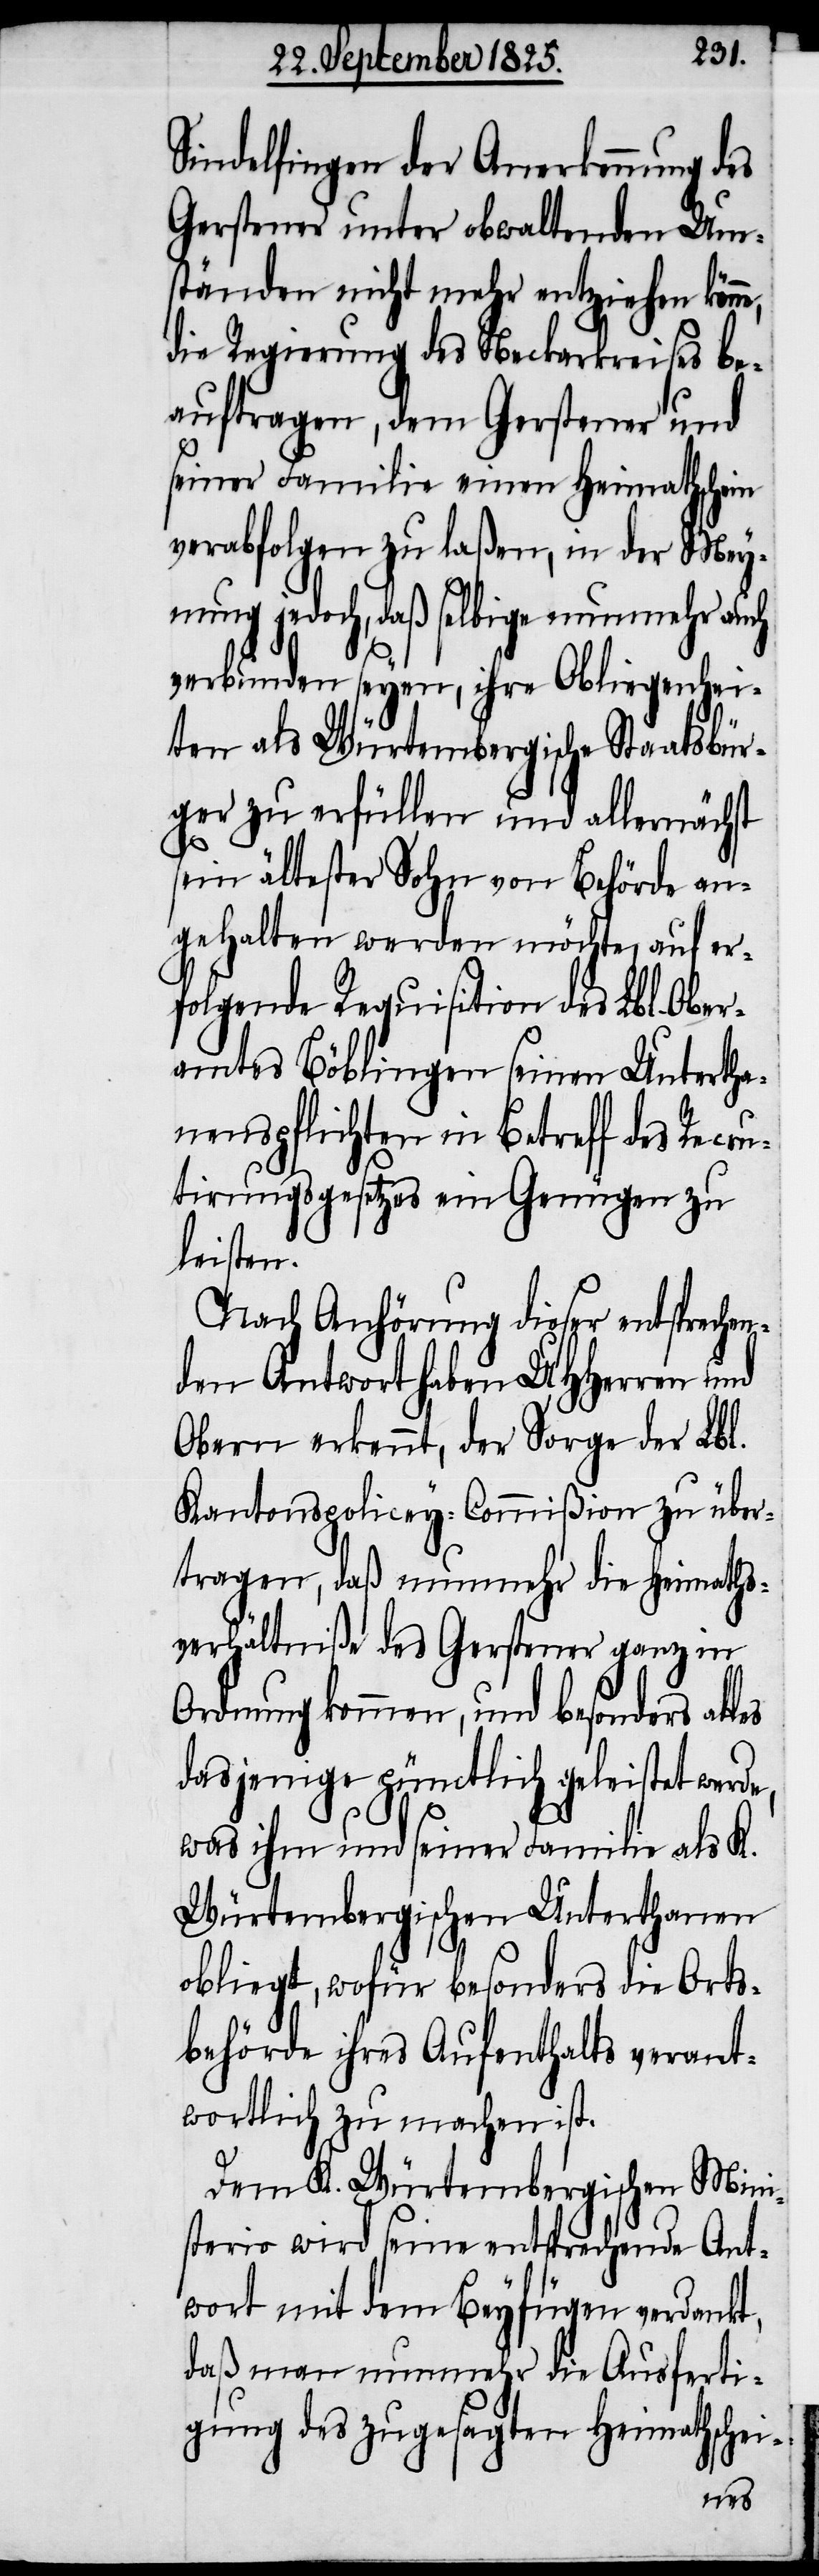
Sindelfingen der Anerkennung des
Gerstener unter obwaltenden Um¬
ständen nicht mehr entziehen kön¬
die Regierung des Neckarkreises be¬
auftragen, dem Gerstener und
seiner Familie einen Heimathschein
verabfolgen zu laßen, in der Mey¬
nung jedoch, daß selbige nunmehr auch
verbunden seyen, ihre Obliegenhei¬
ten als Würtembergische Staatsbür¬
ger zu erfüllen und allnächst
sein ältester Sohn von Behörde an¬
gehalten werden möchte, auf er¬
folgende Requisition des Lbl. Ober¬
amtes Böblingen seinen Untertha¬
nenspflichten in Betreff des Recru¬
tirungsgesetzes ein Genügen zu
leisten.
Nach Anhörung dieser entsprechen¬
den Antwort haben UHHerren und
Obern erkennt, der Sorge der Lbl.
Kantonspolicey-Commißion zu über¬
tragen, daß nunmehr die Heimaths¬
verhältniße des Gerstener ganz in
Ordnung kommen, und besonders alles
dasjenige pünctlich geleistet werde,
was ihm und seiner Familie als K.
Würtembergischen Unterthanen
obliegt, wofür besonders die Orts¬
behörde ihres Aufenthalts verant¬
wortlich zu machen ist.
Dem K. Würtembergischen Mini¬
sterio wird seine entsprechende Ant¬
wort mit dem Beyfügen verdankt,
daß man nunmehr die Ausferti¬
gung des zugesagten Heimathschei-
ne,